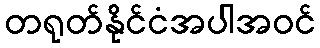
တရုတ်နိုင်ငံအပါအဝင်